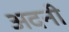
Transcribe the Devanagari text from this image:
अदनी